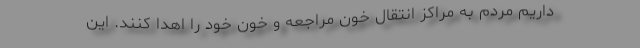
داریم مردم به مراکز انتقال خون مراجعه و خون خود را اهدا کنند. این